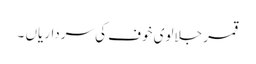
قمر جلالوی خوف کی سرداریاں ۔